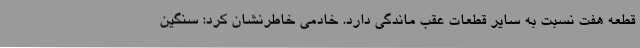
قطعه هفت نسبت به سایر قطعات عقب ماندگی دارد. خادمی خاطرنشان کرد: سنگین